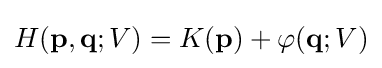
H(\mathbf {p} ,\mathbf {q} ;V)=K(\mathbf {p} )+\varphi (\mathbf {q} ;V)